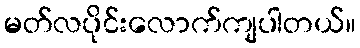
မတ်လပိုင်းလောက်ကျပါတယ်။